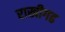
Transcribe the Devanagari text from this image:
राखीगढ